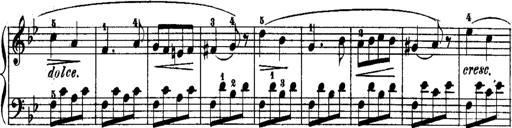
Title: Rondos and Sonatinas for Pianoforte
Composer: Daniel Steibelt